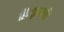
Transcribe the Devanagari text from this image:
हिन्दुस्तानी।